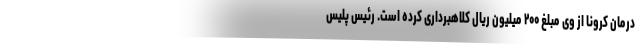
درمان کرونا از وی مبلغ ۲۰۰ میلیون ریال کلاهبرداری کرده است. رئیس پلیس